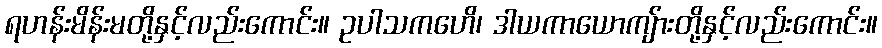
ရဟန်းမိန်းမတို့နှင့်လည်းကောင်း။ ဥပါသကဟေိ၊ ဒါယကာယောကျ်ားတို့နှင့်လည်းကောင်း။